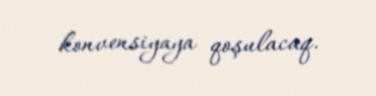
konvensiyaya qoşulacaq.